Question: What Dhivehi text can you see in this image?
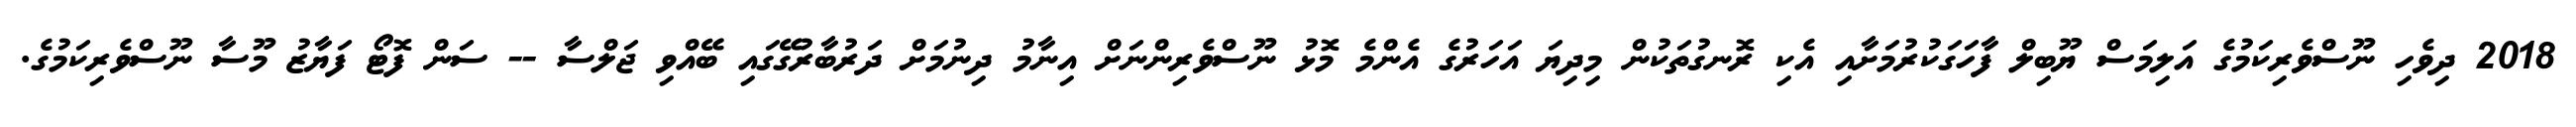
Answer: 2018 ދިވެހި ނޫސްވެރިކަމުގެ އަލިމަސް ޔޫބިލް ފާހަގަކުރުމަށާއި އެކި ރޮނގުތަކުން މިދިޔަ އަހަރުގެ އެންމެ މޮޅު ނޫސްވެރިންނަށް އިނާމު ދިނުމަށް ދަރުބާރުގޭގައި ބޭއްވި ޖަލްސާ -- ސަން ފޮޓޯ ފަޔާޒު މޫސާ ނޫސްވެރިކަމުގެ.